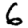
Digit: 6